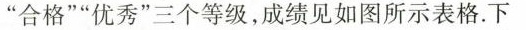
”合格””优秀”三个等级，成绩见如图所示表格。下